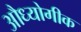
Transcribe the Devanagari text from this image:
औध्योगीक